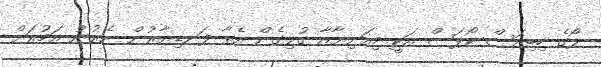
ލޯގެ ހިބިއަސް ކޯޕަސް އަކީ މިއަނިޔާއާ ގުޅިގެން އެތާ ފަނޑިޔާރުން ނެރުނު އަމުރަށް